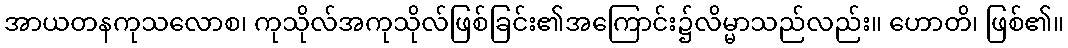
အာယတနကုသလောစ၊ ကုသိုလ်အကုသိုလ်ဖြစ်ခြင်း၏အကြောင်း၌လိမ္မာသည်လည်း။ ဟောတိ၊ ဖြစ်၏။